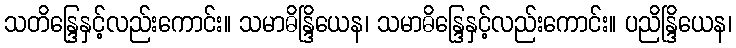
သတိန္ဒြေနှင့်လည်းကောင်း။ သမာဓိန္ဒြိယေန၊ သမာဓိန္ဒြေနှင့်လည်းကောင်း။ ပညိန္ဒြိယေန၊